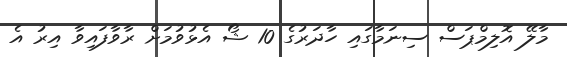
މާލޭ އޮލިމްޕަސް ސިނަމާގައި ހާދަރުގެ 10 ޝޯ އެޅުވުމަށް ރާވާފައިވާ އިރު އެ